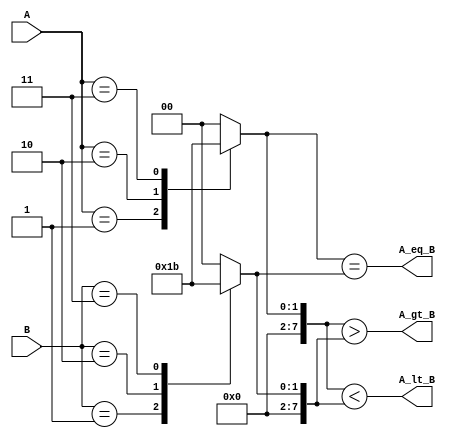
module logarithmic_comparator (
    input [7:0] A,  // 8-bit input A
    input [7:0] B,  // 8-bit input B
    output reg A_gt_B, // A > B flag
    output reg A_lt_B, // A < B flag
    output reg A_eq_B  // A = B flag
);

// Logarithmic transformation lookup table
reg [7:0] log_A;
reg [7:0] log_B;

always @(*) begin
    // Example of a simple logarithmic LUT. In practice, this should be more comprehensive.
    case (A)
        8'd0: log_A = 8'd0;  // log(1) = 0
        8'd1: log_A = 8'd1;  // log(2)
        8'd2: log_A = 8'd2;  // log(3)
        8'd3: log_A = 8'd3;  // log(4)
        // Add more cases as needed to cover the range of inputs
        default: log_A = 8'd0; // Handle undefined cases
    endcase

    case (B)
        8'd0: log_B = 8'd0;  // log(1) = 0
        8'd1: log_B = 8'd1;  // log(2)
        8'd2: log_B = 8'd2;  // log(3)
        8'd3: log_B = 8'd3;  // log(4)
        // Add more cases as needed to cover the range of inputs
        default: log_B = 8'd0; // Handle undefined cases
    endcase

    // Comparison logic
    A_gt_B = (log_A > log_B);
    A_lt_B = (log_A < log_B);
    A_eq_B = (log_A == log_B);
end

endmodule